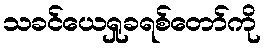
သခင်ယေရှုခရစ်တော်ကို